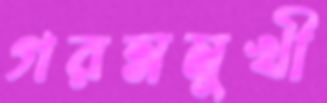
গরম্নমুখী